Plague in India, 1896, 1897 - Volume 1
Year: 1896
Disease focus: Plague
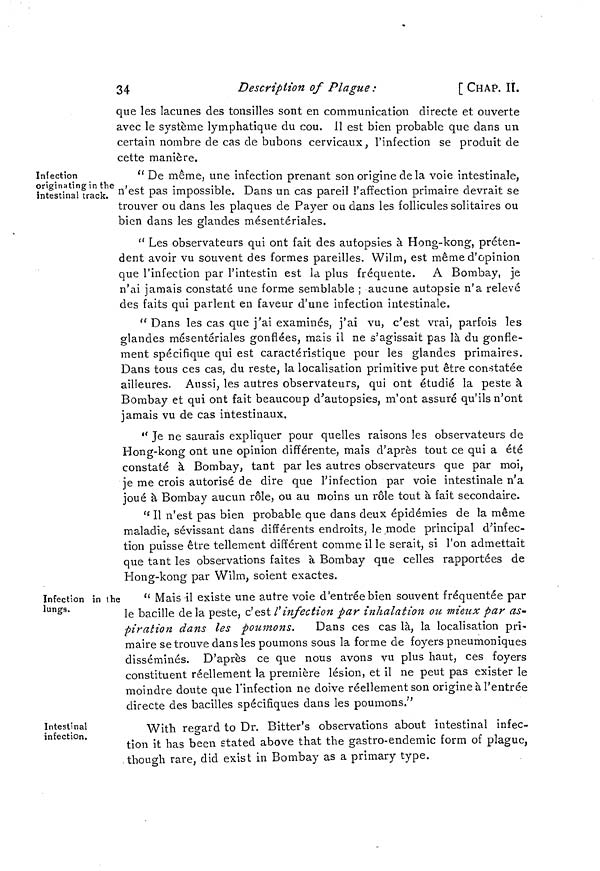
34
Description of Plague :
[ CHAP. II.
que les lacunes des tousilles sont en communication directe et ouverte
avec le système lymphatique du cou. 11 est bien probable que dans un
certain nombre de cas de bubons cervicaux, l'infection se produit de
cette manière.
Infection
originating in the
intestinal track.
" De même, une infection prenant son origine de la voie intestinale,
n'est pas impossible. Dans un cas pareil l'affection primaire devrait se
trouver ou dans les plaques de Payer ou dans les follicules solitaires ou
bien dans les glandes mésentériales.
" Les observateurs qui ont fait des autopsies à Hong-kong, préten-
dent avoir vu souvent des formes pareilles. Wilm, est même d'opinion
que l'infection par l'intestin est la plus fréquente. A Bombay, je
n'ai jamais constaté une forme semblable ; aucune autopsie n'a relevé
des faits qui parlent en faveur d'une infection intestinale.
" Dans les cas que j'ai examinés, j'ai vu, c'est vrai, parfois les
glandes mésentériales gonflées, mais il ne s'agissait pas là du gonfle-
ment spécifique qui est caractéristique pour les glandes primaires.
Dans tous ces cas, du reste, la localisation primitive put être constatée
ailieures. Aussi, les autres observateurs, qui ont étudié la peste à
Bombay et qui ont fait beaucoup d'autopsies, m'ont assuré qu'ils n'ont
jamais vu de cas intestinaux.
" Je ne saurais expliquer pour quelles raisons les observateurs de
Hong-kong ont une opinion différente, mais d'après tout ce qui a été
constaté à Bombay, tant par les autres observateurs que par moi,
je me crois autorisé de dire que l'infection par voie intestinale n'a
joué à Bombay aucun rôle, ou au moins un rôle tout à fait secondaire.
" Il n'est pas bien probable que dans deux épidémies de la même
maladie, sévissant dans différents endroits, le mode principal d'infec-
tion puisse être tellement différent comme il le serait, si l'on admettait
que tant les observations faites à Bombay que celles rapportées de
Hong-kong par Wilm, soient exactes.
Infection in the
lungs.
" Mais il existe une autre voie d'entrée bien souvent fréquentée par
le bacille de la peste, c'est l'infection par inhalation on mieux par as-
piration dans les poumons. Dans ces cas là, la localisation pri-
maire se trouve dans les poumons sous la forme de foyers pneumoniques
disséminés. D'après ce que nous avons vu plus haut, ces foyers
constituent réellement la première lésion, et il ne peut pas exister le
moindre doute que l'infection ne doive réellement son origine à l'entrée
directe des bacilles spécifiques dans les poumons."
Intestinal
infection.
With regard to Dr. Bitter's observations about intestinal infec-
tion it has been stated above that the gastro-endémie form of plague,
though rare, did exist in Bombay as a primary type.